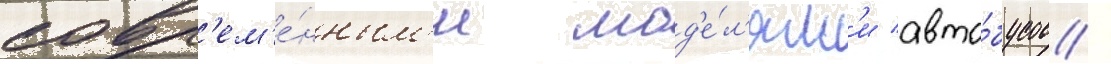
совр'ем'е́нным'и мод'е́л'ям'и авто́бусов /